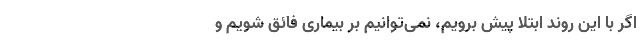
اگر با این روند ابتلا پیش برویم، نمی‌توانیم بر بیماری فائق شویم و